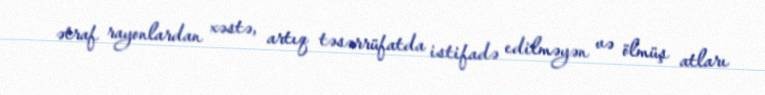
ətraf rayonlardan xəstə, artıq təsərrüfatda istifadə edilməyən və ölmüş atları